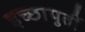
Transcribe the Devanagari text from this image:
इच्छापुर्ती